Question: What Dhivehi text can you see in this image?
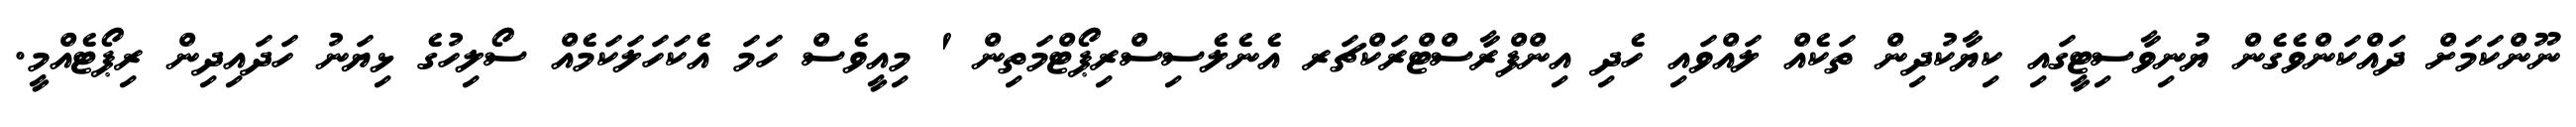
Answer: ނޫންކަމަށް ދައްކަންވެގެން ޔުނިވާސިޓީގައި ކިޔާކުދިން ތަކެއް ލައްވައި ހެދި އިންފްރާސްޓްރަކްޗަރ އެނެލެސިސްރިޕޯޓްމަތިން ' މިއީވެސް ހަމަ އެކަހަލަކަމެއް ސޯލިހުގެ ޅިޔަނު ހަދައިދިން ރިޕޯޓެއްމީ.